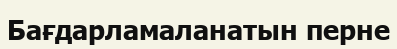
Бағдарламаланатын перне